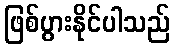
ဖြစ်ပွားနိုင်ပါသည်